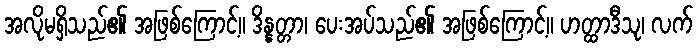
အလိုမရှိသည်၏ အဖြစ်ကြောင့်။ ဒိန္နတ္တာ၊ ပေးအပ်သည်၏ အဖြစ်ကြောင့်။ ဟတ္ထာဒီသု၊ လက်